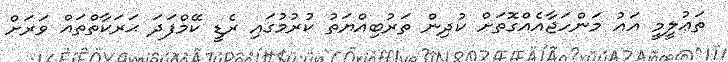
ތަޢުލީމީ އައު މަންހަޖާއެއްގޮތަށް ކުދިން ތަރުބިއްޔަތު ކުރުމުގައި ރެޑީ ކޭމްފަދަ ޙަރަކާތްތައް ވަރަށް